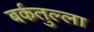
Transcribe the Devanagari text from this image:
बर्कतुल्ला